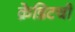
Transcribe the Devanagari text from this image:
क्रेडिटची